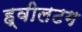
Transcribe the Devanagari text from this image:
ह्वीलटग